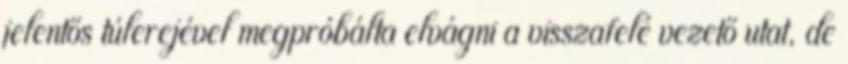
jelentős túlerejével megpróbálta elvágni a visszafelé vezető utat, de